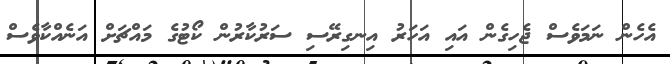
އެހެން ނަމަވެސް ޖެހިގެން އައި އަހަރު އިނގިރޭސި ސަރުކާރުން ކޯޓުގެ މައްޗަށް އަނެއްކާވެސް